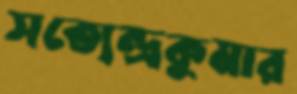
সত্যেন্দ্রকুমার